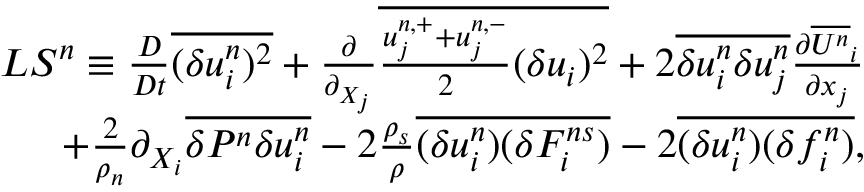
\begin{array} { r } { { \cal L S } ^ { n } \equiv \frac { D } { D t } \overline { { ( \delta u _ { i } ^ { n } ) ^ { 2 } } } + \frac { \partial } { \partial _ { X _ { j } } } \overline { { \frac { u _ { j } ^ { n , + } + u _ { j } ^ { n , - } } { 2 } ( \delta u _ { i } ) ^ { 2 } } } + 2 \overline { { \delta u _ { i } ^ { n } \delta u _ { j } ^ { n } } } \frac { \partial \overline { { U ^ { n } } } _ { i } } { \partial x _ { j } } } \\ { + \frac { 2 } { \rho _ { n } } \partial _ { X _ { i } } \overline { { \delta P ^ { n } \delta u _ { i } ^ { n } } } - 2 \frac { \rho _ { s } } { \rho } \overline { { ( \delta u _ { i } ^ { n } ) ( \delta F _ { i } ^ { n s } ) } } - 2 \overline { { ( \delta u _ { i } ^ { n } ) ( \delta f _ { i } ^ { n } ) } } , } \end{array}